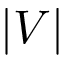
| V |